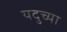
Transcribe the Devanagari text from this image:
यदुच्या